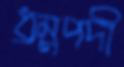
ধ্রম্নপদী